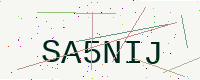
Text: SA5NIJ